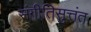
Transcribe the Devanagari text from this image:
संगीतिसुत्तंत